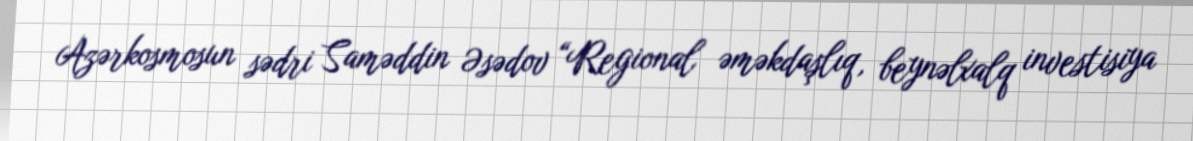
Azərkosmosun sədri Saməddin Əsədov “Regional əməkdaşlıq, beynəlxalq investisiya